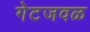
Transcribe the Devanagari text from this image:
गेटजवळ